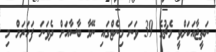
ނަތީޖާއަކަށްވީ މެޗުގެ 39 ވަނަ މިނެޓްގައި ނޭމާ ބާސާއަށް ދެވަނަ ފަހަރަށް މި